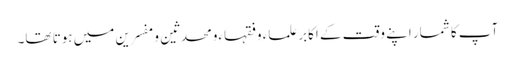
آپ کا شمار اپنے وقت کے اکابرعلماء وفقہاءومحدثین ومفسرین میں ہوتا تھا۔